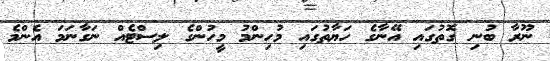
ނޫރާ ބުނި ގޮތުގައި އޭނާގެ ހަޔާތުގައި މުހިންމު މީހުންގެ ލިސްޓެއް ނަގާނަމަ އެންމެ